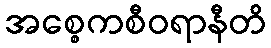
အစ္စေကစီဝရာနီတိ